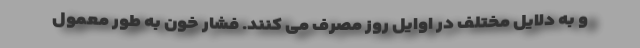
و به دلایل مختلف در اوایل روز مصرف می کنند. فشار خون به طور معمول